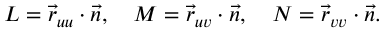
L = { \vec { r } } _ { u u } \cdot { \vec { n } } , \quad M = { \vec { r } } _ { u v } \cdot { \vec { n } } , \quad N = { \vec { r } } _ { v v } \cdot { \vec { n } } . \quad